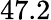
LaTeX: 47.2